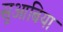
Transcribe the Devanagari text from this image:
सुआबिया